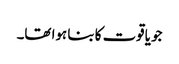
جو یاقوت کا بنا ہوا تھا۔